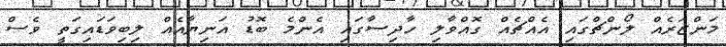
މަންޒަރެއް ލޯންޗްގައި އެއްޗެއް ގޮއްވާލި ހާދިސާގައި އެންމެ ބޮޑު އަނިޔާއެއް ލިބިވަޑައިގަތީ ވެސް